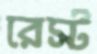
রেস্ট